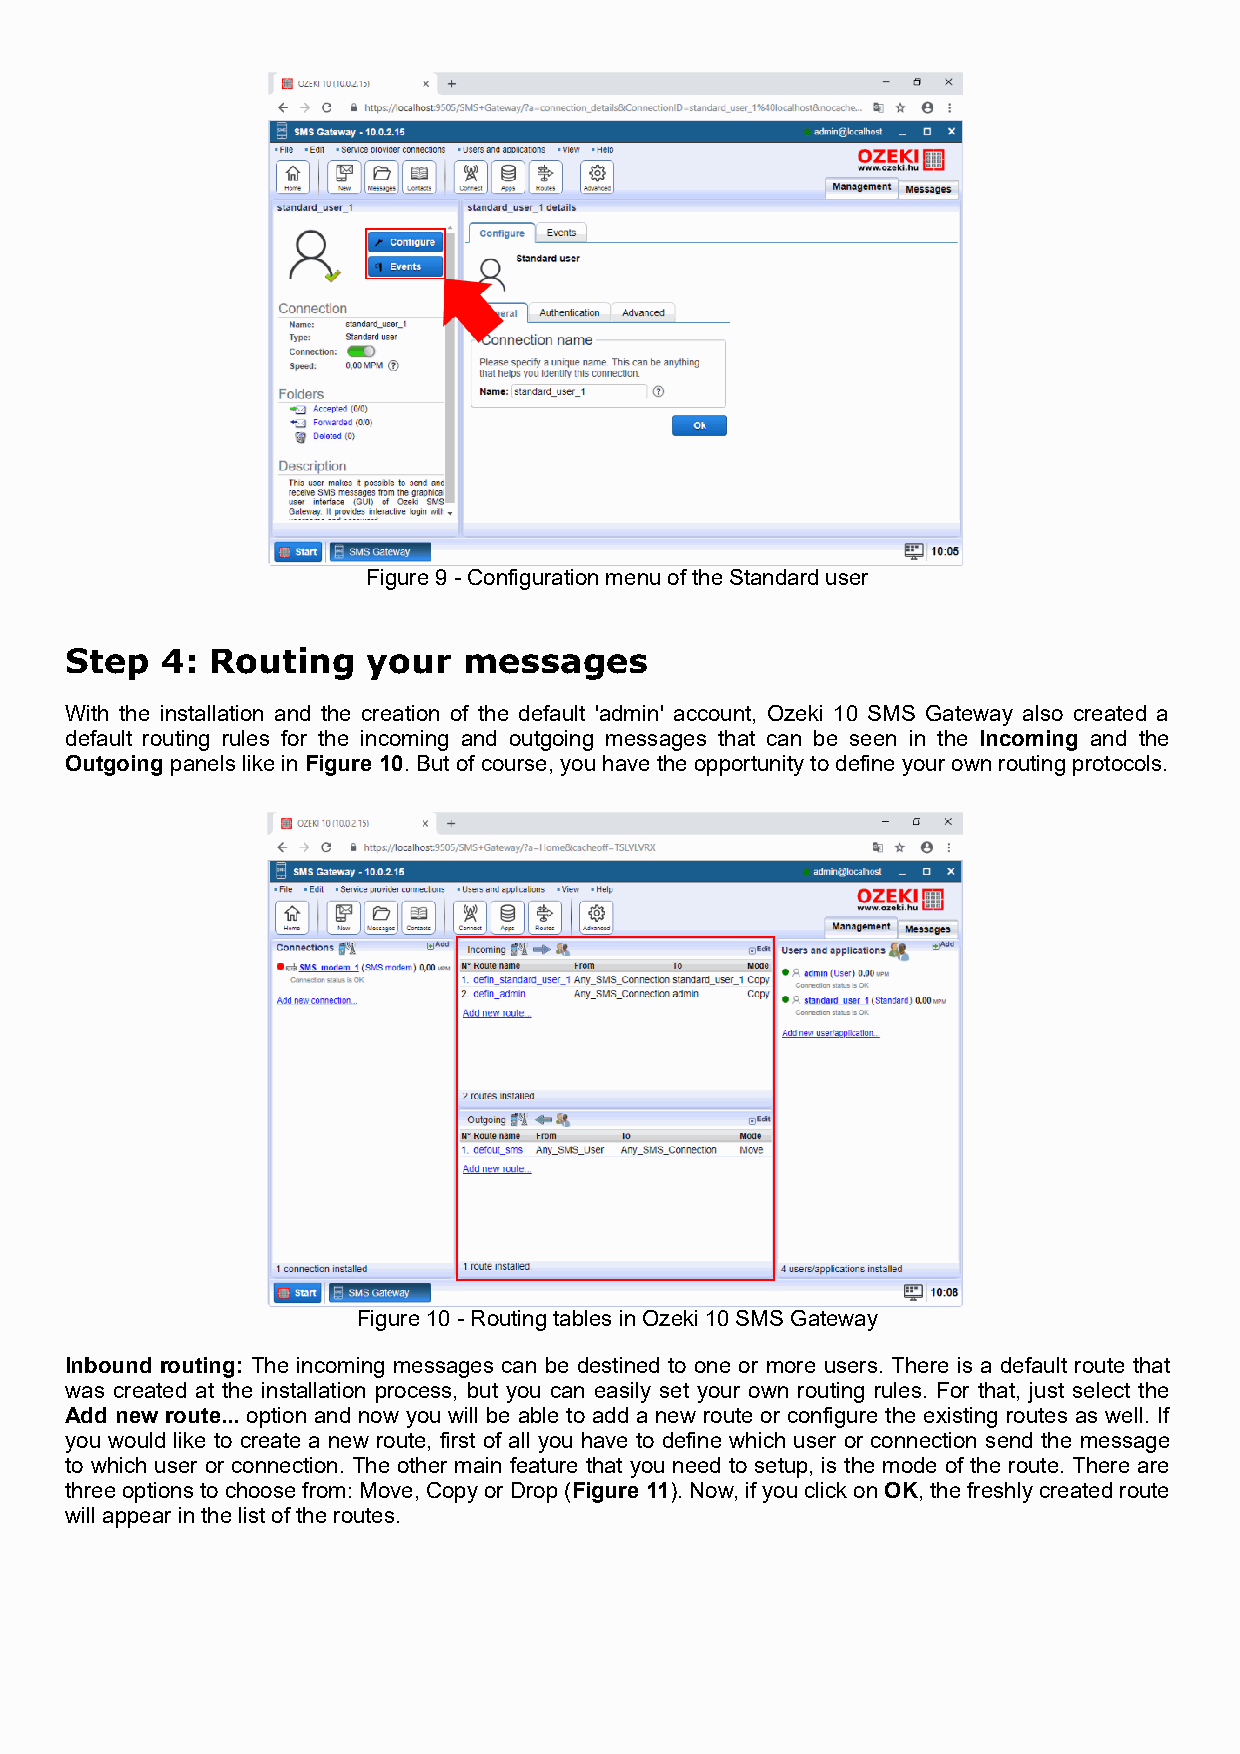
Figure 9 - Configuration menu of the Standard user
 Step   4: Routing   your   messages
 With the installation and the creation of the default 'admin' account, Ozeki 10 SMS Gateway also created a
 default routing rules for the incoming and outgoing messages that can be seen in the Incoming and the
 Outgoing panels like in Figure 10. But of course, you have the opportunity to define your own routing protocols.
 Figure 10 - Routing tables in Ozeki 10 SMS Gateway
 Inbound routing: The incoming messages can be destined to one or more users. There is a default route that
 was created at the installation process, but you can easily set your own routing rules. For that, just select the
 Add new route... option and now you will be able to add a new route or configure the existing routes as well. If
 you would like to create a new route, first of all you have to define which user or connection send the message
 to which user or connection. The other main feature that you need to setup, is the mode of the route. There are
 three options to choose from: Move, Copy or Drop (Figure 11). Now, if you click on OK, the freshly created route
 will appear in the list of the routes.